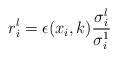
LaTeX: \begin{align*} r_i^l &=\epsilon(x_i,k)\frac{\sigma_i^l}{\sigma_i^1}\end{align*}